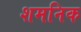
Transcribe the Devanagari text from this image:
शमनिक